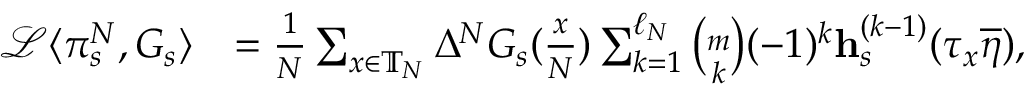
\begin{array} { r l } { \mathcal { L } \langle \pi _ { s } ^ { N } , G _ { s } \rangle } & { = \frac { 1 } { N } \sum _ { x \in \mathbb { T } _ { N } } \Delta ^ { N } G _ { s } ( \frac { x } { N } ) \sum _ { k = 1 } ^ { \ell _ { N } } \binom { m } { k } ( - 1 ) ^ { k } \mathbf { h } _ { s } ^ { ( k - 1 ) } ( \tau _ { x } \overline { { \eta } } ) , } \end{array}